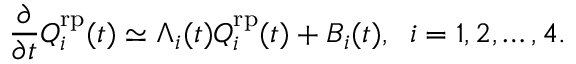
\frac { \partial } { \partial t } Q _ { i } ^ { \mathrm { r p } } ( t ) \simeq \Lambda _ { i } ( t ) Q _ { i } ^ { \mathrm { r p } } ( t ) + B _ { i } ( t ) , \; \; i = 1 , 2 , \ldots , 4 .